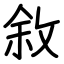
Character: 敘